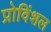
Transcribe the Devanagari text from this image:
प्रोविंशल